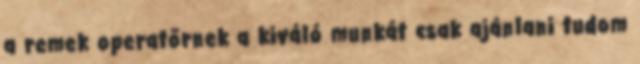
a remek operatőrnek a kiváló munkát csak ajánlani tudom